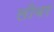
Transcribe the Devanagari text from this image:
लीबर